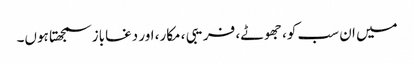
میں ان سب کو، جھوٹے، فریبی ، مکار، اور دغاباز سمجھتا ہوں۔